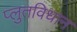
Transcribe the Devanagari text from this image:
प्लुतविधान